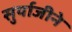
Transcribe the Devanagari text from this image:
सुर्याजीने